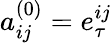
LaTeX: a_{ij}^{(0)}=e_{\tau}^{ij}